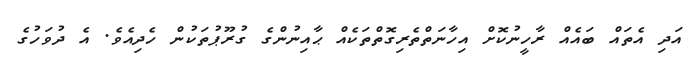
އަދި އެތައް ބައެއް ރާހީނުކޮށް އިހާނަތްތެރިގޮތްތަކެއް ޙާއިނުންގެ ގުރޫޕުތަކުން ހެދިއެވެ. އެ ދުވަހުގެ